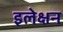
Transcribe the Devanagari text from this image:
इलेक्षन